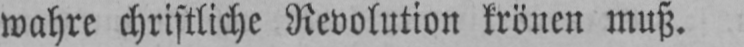
wahre christliche Revolution krönen muß.